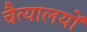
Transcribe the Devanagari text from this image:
चैत्यालयों